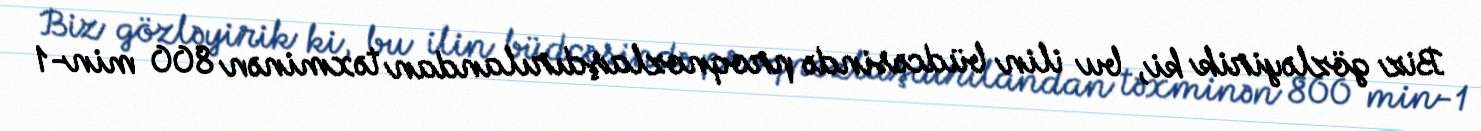
Biz gözləyirik ki, bu ilin büdcəsində proqnozlaşdırılandan təxminən 800 min-1